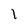
Character: 1